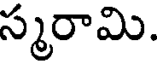
స్మరామి.